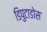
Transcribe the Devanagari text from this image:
डिपुटाडोस